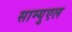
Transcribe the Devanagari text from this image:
साम्युएल